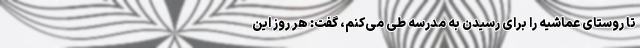
تا روستای عماشیه را برای رسیدن به مدرسه طی می‌کنم، گفت: هر روز این